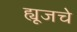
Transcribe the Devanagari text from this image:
ह्यूजचे